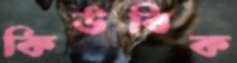
কিউবিক